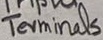
Text: Terminals